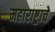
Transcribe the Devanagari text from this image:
महाराष्ट्र्राचे